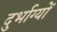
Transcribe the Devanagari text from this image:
दुर्भाग्यों